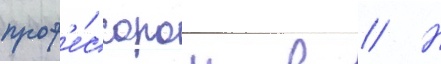
проф'е́ссором в // Н